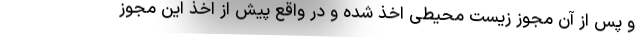
و پس از آن مجوز زیست محیطی اخذ شده و در واقع پیش از اخذ این مجوز